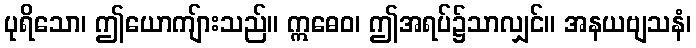
ပုရိသော၊ ဤယောကျ်ားသည်။ ဣဓေဝ၊ ဤအရပ်၌သာလျှင်။ အနယဗျသနံ၊